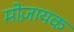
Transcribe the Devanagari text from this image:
मोज़ायक